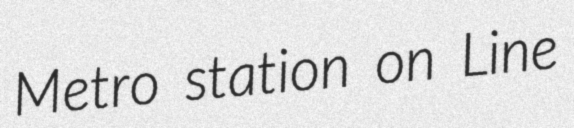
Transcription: Metro station on Line